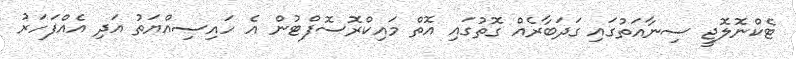
ޓެކްނޮލޮޖީ ސިނާއަތުގައި ގަދަބާރެއް ގޮތުގައި އޮތް މައިކްރޮސޮފްޓުން އެ ހައިސިއްޔަތު އަދި އެއްފަހަރު